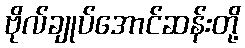
ဗိုလ်ချုပ်အောင်ဆန်းတို့